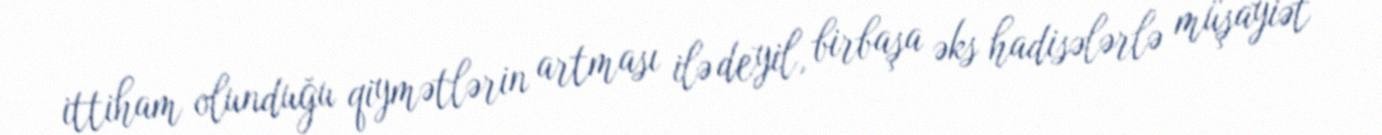
ittiham olunduğu qiymətlərin artması ilə deyil, birbaşa əks hadisələrlə müşayiət